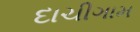
દાચીગામ